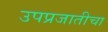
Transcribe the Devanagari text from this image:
उपप्रजातीचा